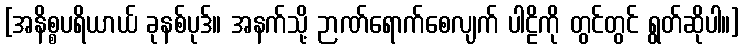
[အနိစ္စပရိယာယ် ခုနစ်ပုဒ်။ အနက်သို့ ဉာဏ်ရောက်စေလျက် ပါဠိကို တွင်တွင် ရွတ်ဆိုပါ။]